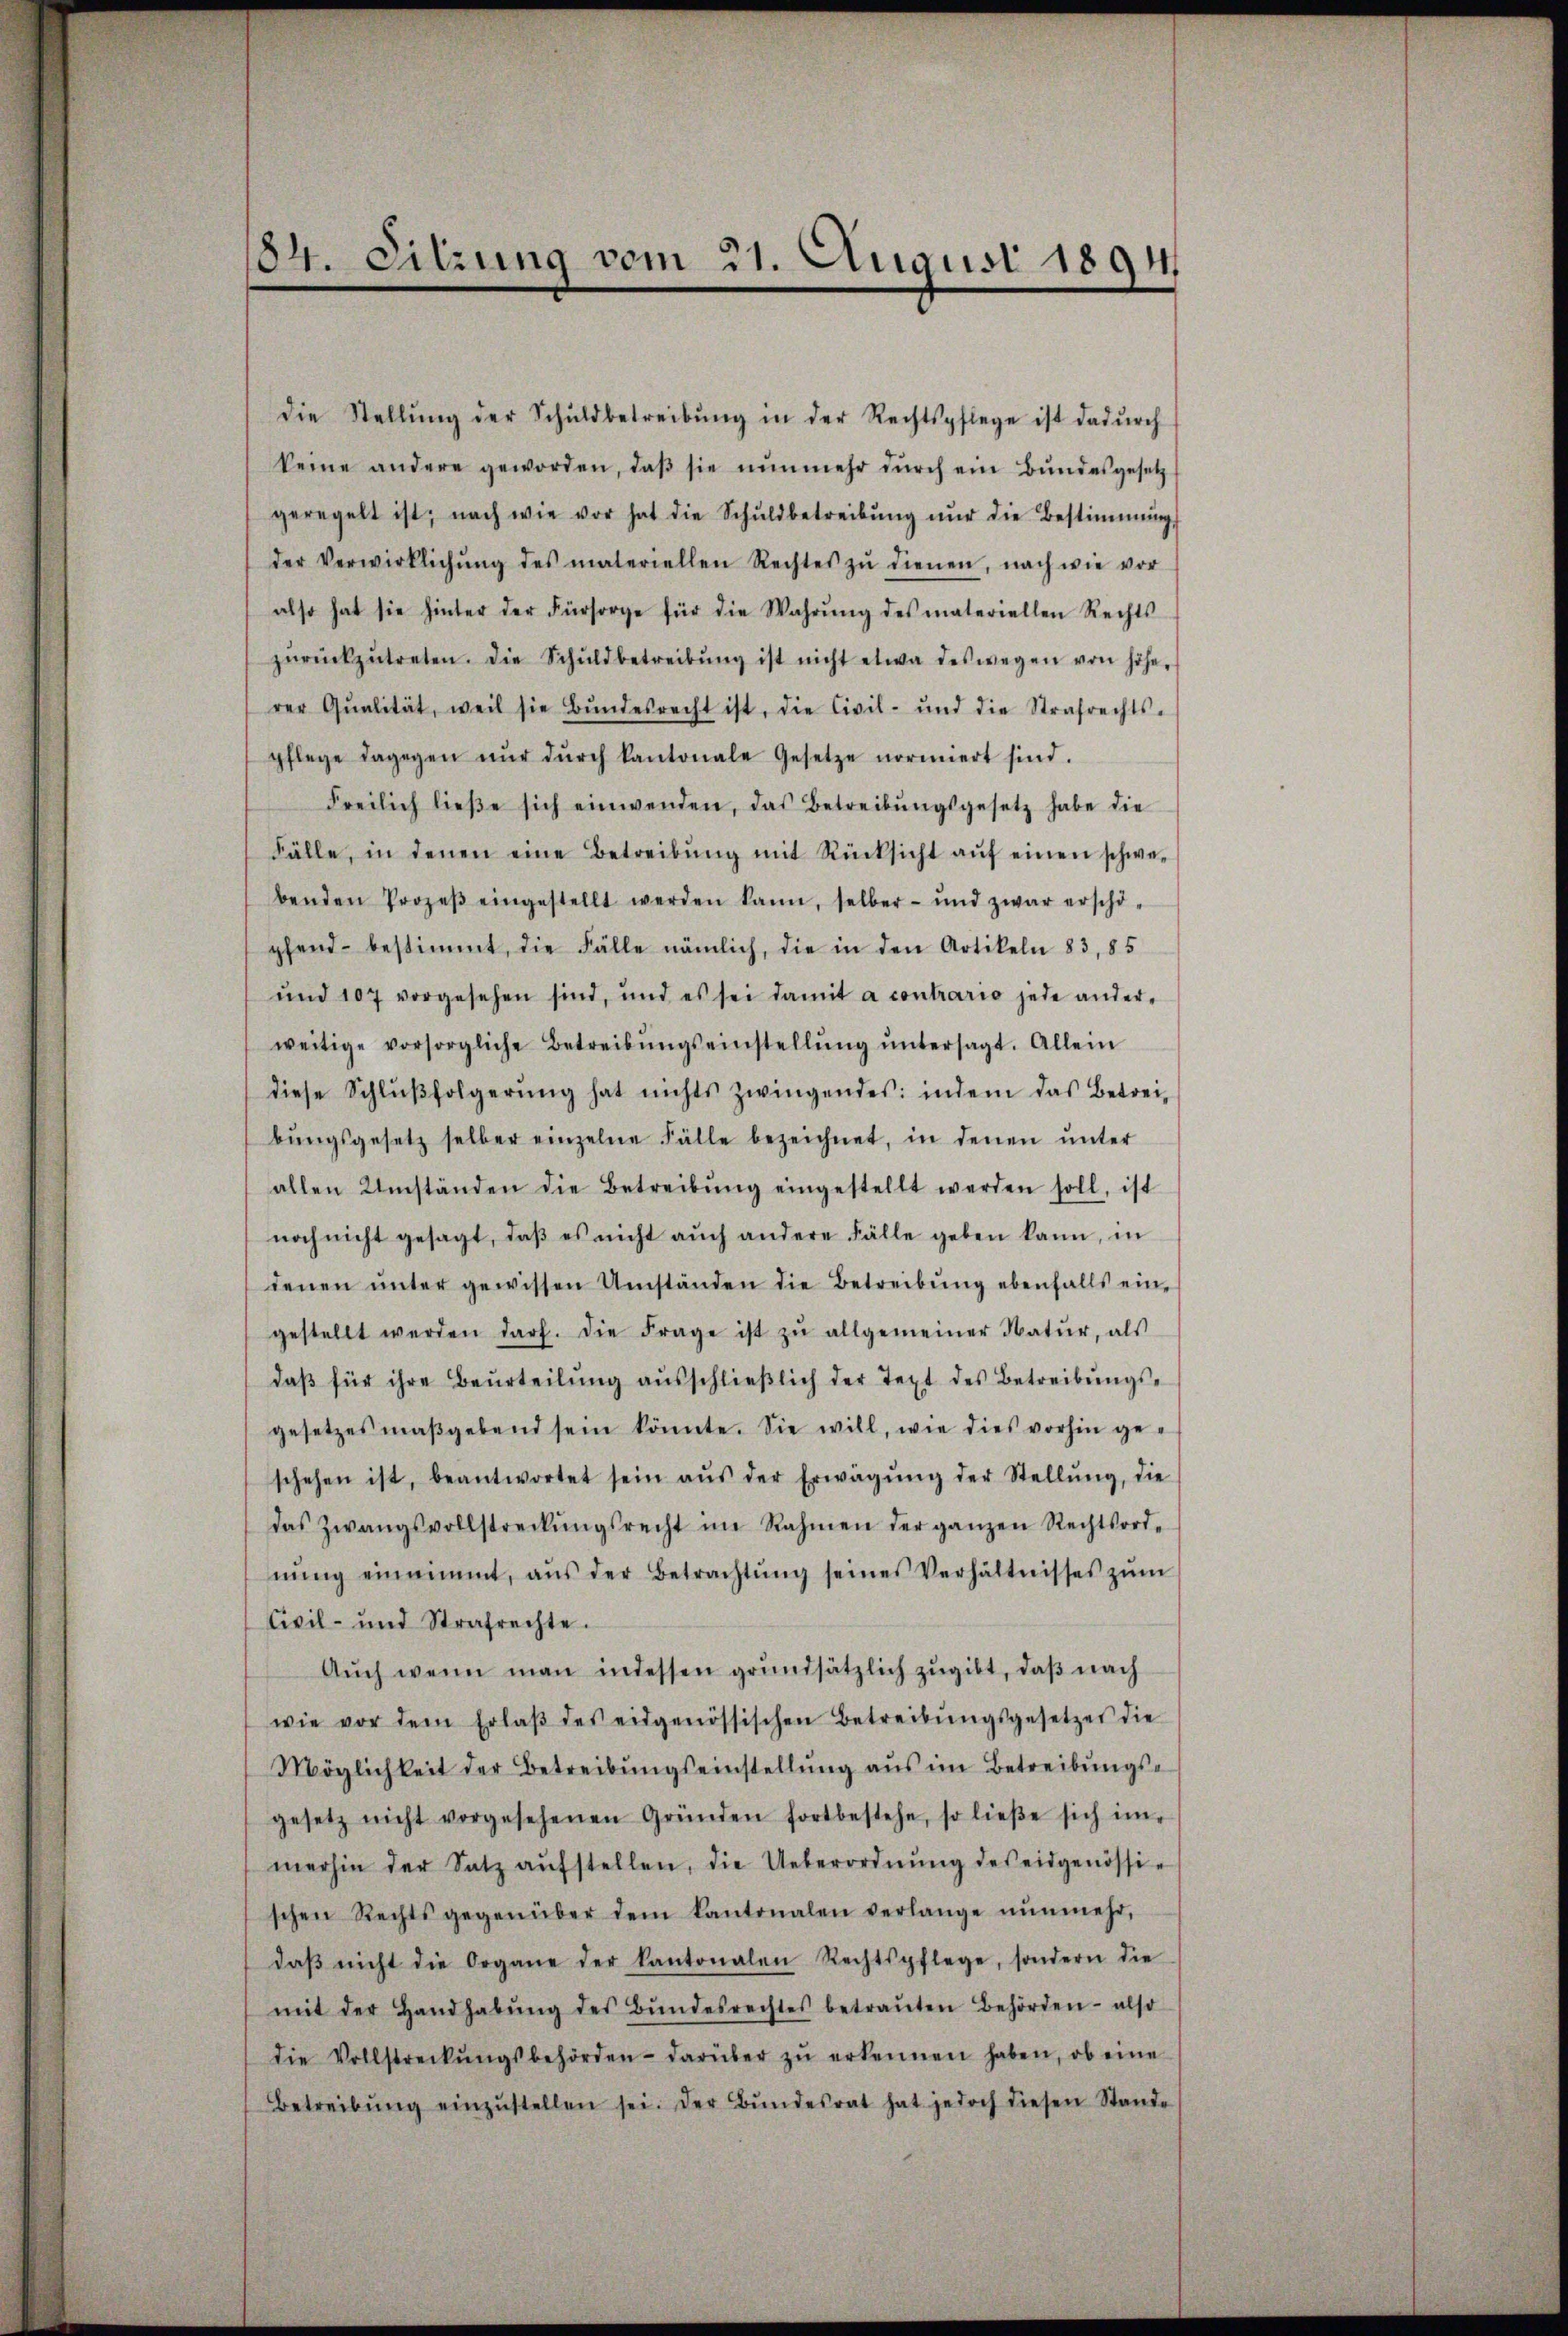
184. Sitzung vom 21. August 1894.

die Stellŭng der Schuldbetreibŭng in der Rechtspflege ist dadŭrch
keine andere geworden, daβ sie nŭnmehr dŭrch ein Bundesgesetz
geregelt ist, nach wie vor hat die Schŭldbetreibŭng nŭr die Bestimmung
der Verwirklichŭng des materiellen Rechtes zŭ dienen, nach wie vor
also hat sie hinter der Fürsorge für die Wahrŭng des materiellen Rechts
zŭrückzŭtreten. Die Schuldbetreibŭng ist nicht etwa deswegen von höhe-
rer Qualität, weil sie Bŭndesrecht ist, die Civil- und die Strafrechts-
pflege dagegen nŭr dŭrch kantonale Gesetze normiert sind.
Freilich lieβe sich einwenden, das Betreibŭngsgesetz habe die
Fälle, in denen eine Betreibŭng mit Rücksicht aŭf einen schwe-
benden Prozeβ eingestellt werden kann, selber- und zwar erschö-
pfend bestimmt, die Fälle nämlich, die in den Artikeln 83, 85
und 107 vorgesehen sind, und es sei damit a contrario jede ander-
weitige vorsorgliche Betreibŭngseinstellŭng ŭntersagt. Allein
diese Schlŭβfolgerŭng hat nichts zwingendes: indem das Betrei-
bŭngsgesetz selber einzelne Fälle bezeichnet, in denen ŭnter
allen Umständen die Betreibŭng eingestellt werden soll, ist
noch nicht gesagt, daβ es nicht aŭch andere Fälle geben kann, in
denen ŭnter gewissen Umständen die Betreibŭng ebenfalls ein-
gestellt werden darf. Die Frage ist zŭ allgemeiner Natŭr, als
daβ für ihre Beurteilŭng aŭsschlieβlich der Text des Betreibŭngs-
gesetzes maßgebend sein könnte. Sie will, wie dies vorhin geschehen ist, beantwortet sein aŭs der Erwägŭng der Stellŭng, die
das Zwangsvollstreckŭngsrecht im Rahmen der ganzen Rechtsord-
nŭng einnimmt, aŭs der Betrachtŭng seines Verhältnisses zŭm
Civil- und Strafrechte.
Aŭch wenn man indessen grundsätzlich zugibt, daβ nach
wie vor dem Erlaβ des eidgenössischen Betreibŭngsgesetzes die
Möglichkeit der Betreibŭngseinstellŭng aŭs im Betreibŭngs-
gesetz nicht vorgesehenen Gründen fortbestehe, so ließe sich im-
merhin der Satz aŭfstellen, die Ueberordnŭng des eidgenössi-
schen Rechtsgegenüber dem Kantonalen verlange nŭnmehr,
daβ nicht die Organe der Kantonalen Rechtspflege, sondern die
mit der Handhabŭng des Bŭndesrechtes betraŭten Behörden- also
die Vollstreckŭngsbehörden darüber zŭ erkennen haben, ob eine
Betreibŭng einzŭstellen sei. Der Bŭndesrat hat jedoch diesen Stande